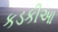
કડકીઆ